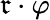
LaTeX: \mathfrak{r}\cdot\varphi